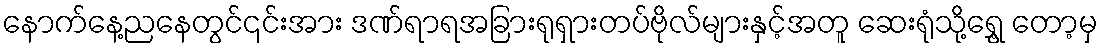
နောက်နေ့ညနေတွင်၎င်းအား ဒဏ်ရာရအခြားရုရှားတပ်ဗိုလ်များနှင့်အတူ ဆေးရုံသို့ရွှေ့ တော့မှ